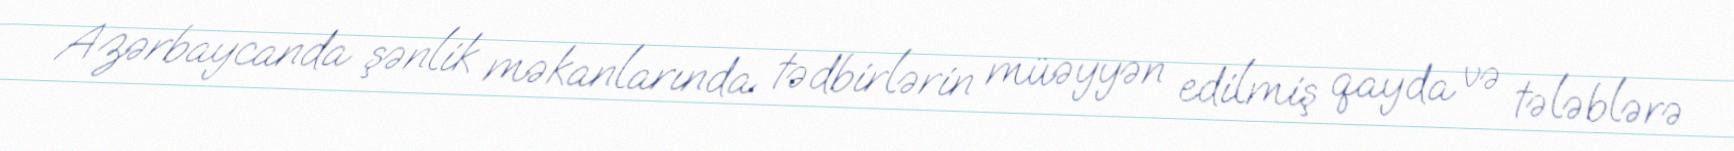
Azərbaycanda şənlik məkanlarında tədbirlərin müəyyən edilmiş qayda və tələblərə